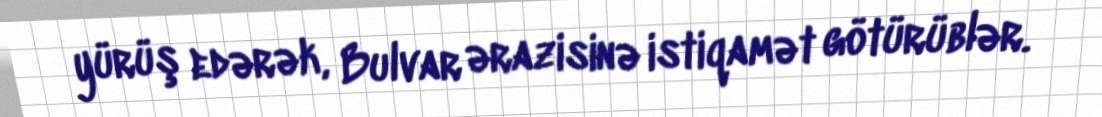
yürüş edərək, Bulvar ərazisinə istiqamət götürüblər.